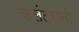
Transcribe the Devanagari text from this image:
कलंदरानी